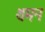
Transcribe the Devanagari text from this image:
थमन